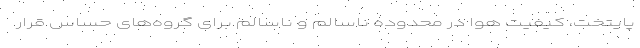
پایتخت، کیفیت هوا در محدوده ناسالم و ناسالم برای گروه‌های حساس قرار